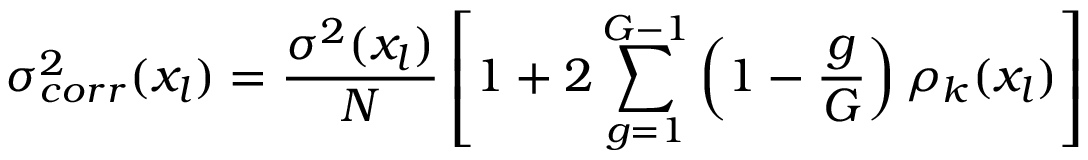
\sigma _ { c o r r } ^ { 2 } ( x _ { l } ) = \frac { \sigma ^ { 2 } ( x _ { l } ) } { N } \left[ 1 + 2 \sum _ { g = 1 } ^ { G - 1 } \left( 1 - \frac { g } { G } \right) \rho _ { k } ( x _ { l } ) \right]